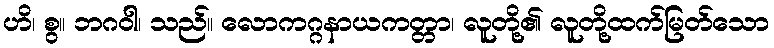
ဟိ၊ စွ။ ဘဂဝါ၊ သည်။ လောကဂ္ဂနာယကတ္တာ၊ လူတို့၏ လူတို့ထက်မြတ်သော